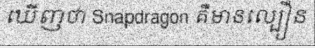
ឃើញថា Snapdragon គឺមានល្បឿន